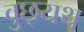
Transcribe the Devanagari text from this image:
वुछ्यथ